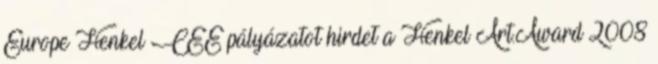
Europe Henkel CEE pályázatot hirdet a Henkel Art.Award 2008